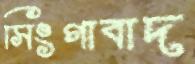
সিংগাবাদ